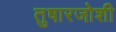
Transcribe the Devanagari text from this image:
तुषारजोशी